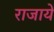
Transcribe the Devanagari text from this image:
राजायें